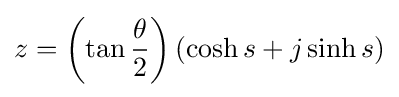
z=\left(\tan {\frac {\theta }{2}}\right)(\cosh s+j\sinh s)